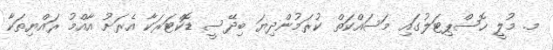
މ. މުލީ ހޮސްޕިޓަލުގައި މަސައްކަތް ކުރަމުންދިޔަ ބިދޭސީ ޑޮކްޓަރަކާ އެރަށު އާއްމު ރައްޔިތަކާ